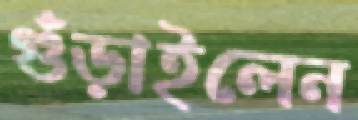
গুঁড়াইলেন